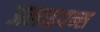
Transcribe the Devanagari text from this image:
अलाइयन्स